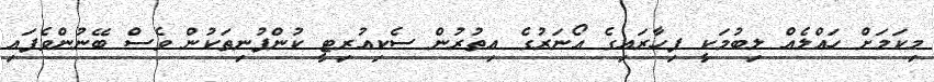
މިކަމަށް ހައްލެއް ލިބުމަކީ ފިހާރައިގެ އޯނަރުގެ އިތުރުން ސެކިއުރިޓީ ކުންފުނިތަކުން ވެސް ބޭނުންވެފައި